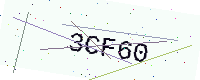
Text: 3CF60